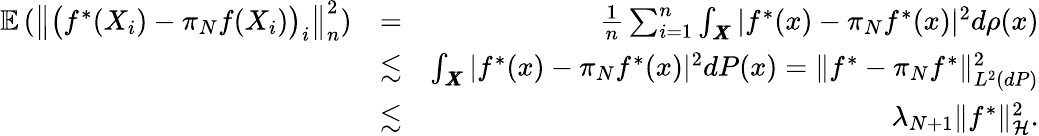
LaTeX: \begin{array}{rlr}{\mathbb E\left(\big\| \big(f^{*}(X_{i})-\pi_{N}f(X_{i})\big)_{i}\big\| _{n}^{2}\right)}&{=}&{\frac{1}{n}\sum_{i=1}^{n}\int_{\pmb X}|f^{*}(x)-\pi_{N}f^{*}(x)|^{2}d\rho(x)}\\ &{\lesssim}&{\int_{\pmb X}|f^{*}(x)-\pi_{N}f^{*}(x)|^{2}dP(x)=\| f^{*}-\pi_{N}f^{*}\| _{L^{2}(dP)}^{2}}\\ &{\lesssim}&{\lambda_{N+1}\| f^{*}\| _{\mathcal H}^{2}.}\end{array}